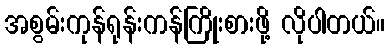
အစွမ်းကုန်ရုန်းကန်ကြိုးစားဖို့ လိုပါတယ်။